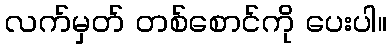
လက်မှတ် တစ်စောင်ကို ပေးပါ။